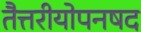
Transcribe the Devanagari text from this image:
तैत्तरीयोपनषद